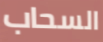
السحاب